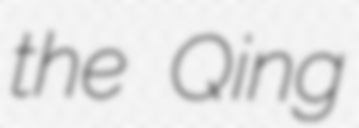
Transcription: the Qing